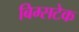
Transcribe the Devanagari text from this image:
बिम्सटेक